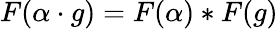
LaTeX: F(\alpha\cdot g)=F(\alpha)*F(g)